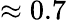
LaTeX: \approx 0.7